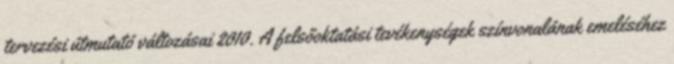
tervezési útmutató változásai 2010. A felsőoktatási tevékenységek színvonalának emeléséhez